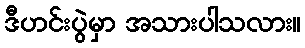
ဒီဟင်းပွဲမှာ အသားပါသလား။